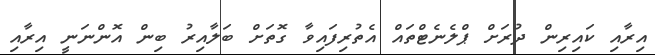
އިރާއި ކައިރިން ދުރަށް ޕްލެނެޓްތައް އެތުރިފައިވާ ގޮތަށް ބަލާއިރު ބިން އޮންނަނީ އިރާއި